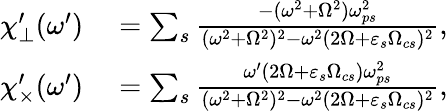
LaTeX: \begin{array}{rl}{\chi_{\perp}^{\prime}(\omega^{\prime})}&{{}=\sum_{s}\frac{-(\omega^{2}+\Omega^{2})\omega_{ps}^{2}}{(\omega^{2}+\Omega^{2})^{2}-\omega^{2}(2\Omega+\varepsilon_{s}\Omega_{cs})^{2}},}\\ {\chi_{\times}^{\prime}(\omega^{\prime})}&{{}=\sum_{s}\frac{\omega^{\prime}(2\Omega+\varepsilon_{s}\Omega_{cs})\omega_{ps}^{2}}{(\omega^{2}+\Omega^{2})^{2}-\omega^{2}(2\Omega+\varepsilon_{s}\Omega_{cs})^{2}},}\end{array}